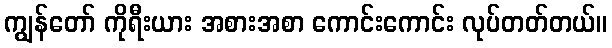
ကျွန်တော် ကိုရီးယား အစားအစာ ကောင်းကောင်း လုပ်တတ်တယ်။